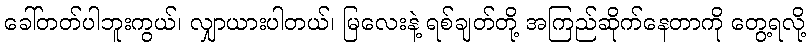
ခေါ်တတ်ပါဘူးကွယ်၊ လျှာယားပါတယ်၊ မြလေးနဲ့ ရစ်ချတ်တို့ အကြည်ဆိုက်နေတာကို တွေ့ရလို့